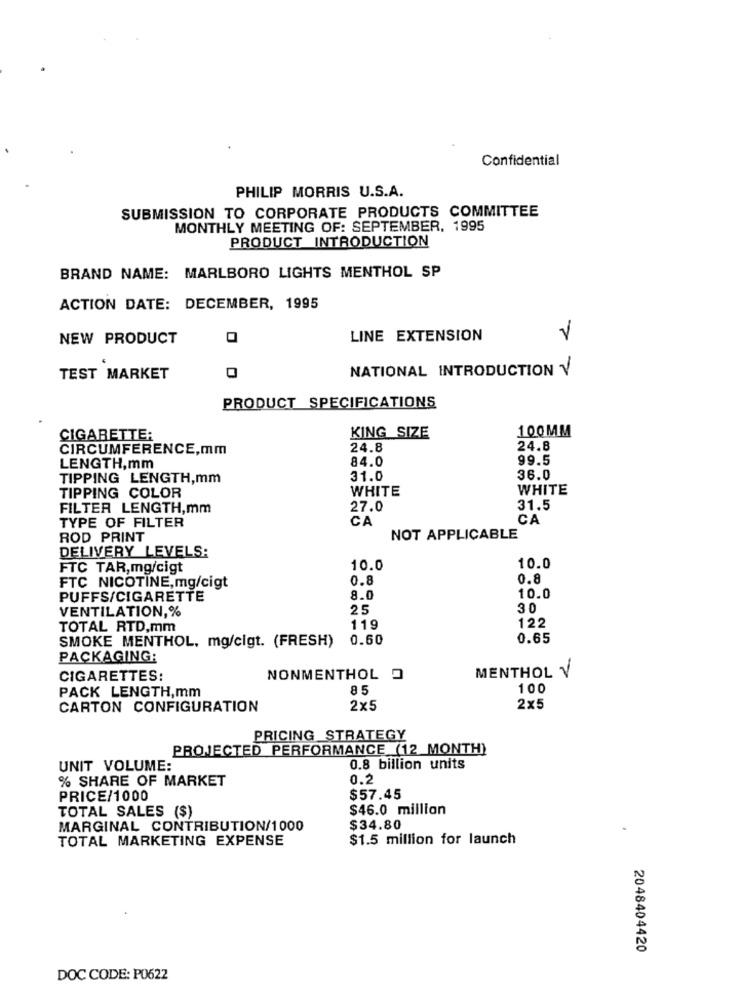
Confidential
PHILIP MORRIS U.S.A.
SUBMISSION TO CORPORATE PRODUCTS COMMITTEE
MONTHLY MEETING OF: SEPTEMBER, 1995
PRODUCT INTRODUCTION
BRAND NAME: MARLBORO LIGHTS MENTHOL SP
ACTION DATE: DECEMBER, 1995
NEW PRODUCT
LINE EXTENSION
NATIONAL INTRODUCTION V
TEST MARKET
PRODUCT SPECIFICATIONS
KING SIZE
100MM
CIGARETTE:
CIRCUMFERENCE,mm
24.8
24.8
84.0
99.5
LENGTH,mm
TIPPING LENGTH,mm
31.0
36.0
WHITE
WHITE
TIPPING COLOR
FILTER LENGTH,mm
27.0
31.5
TYPE OF FILTER
CA
CA
ROD PRINT
NOT APPLICABLE
DELIVERY LEVELS:
FTC TAR, mg/cigt
10.0
10.0
0.8
0.8
FTC NICOTINE,mg/cigt
PUFFS/CIGARETTE
8.0
10.0
VENTILATION,%
25
30
122
TOTAL RTD,mm
119
0.60
0.65
SMOKE MENTHOL, mg/cigt. (FRESH)
PACKAGING:
CIGARETTES:
NONMENTHOL .
MENTHOL V
85
100
PACK LENGTH,mm
CARTON CONFIGURATION
2×5
2×5
PRICING STRATEGY
PROJECTED PERFORMANCE (12 MONTH)
UNIT VOLUME:
0.8 billion units
% SHARE OF MARKET
0.2
PRICE/1000
$57.45
TOTAL SALES ($)
$46.0 million
MARGINAL CONTRIBUTION/1000
$34.80
TOTAL MARKETING EXPENSE
$1.5 million for launch
2048404420
DOC CODE: P0622